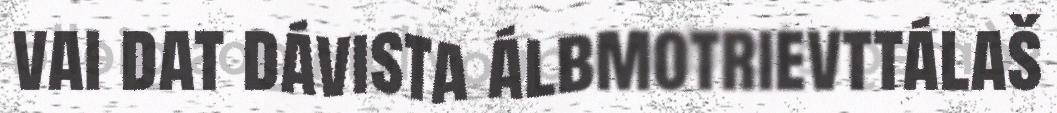
vai dat dávista álbmotrievttálaš